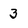
Character: 3